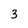
Character: 3